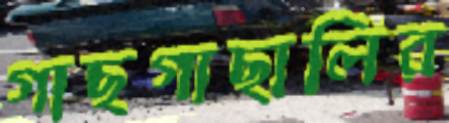
গাছগাছালির